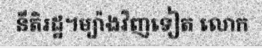
នីតិរដ្ឋ។ម្យ៉ាងវិញទៀត លោក